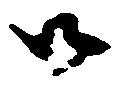
御